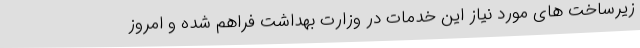
زیرساخت های مورد نیاز این خدمات در وزارت بهداشت فراهم شده و امروز